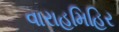
વારાહમિહિર